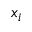
x _ { i }